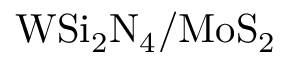
\mathrm { W S i _ { 2 } N _ { 4 } / M o S _ { 2 } }